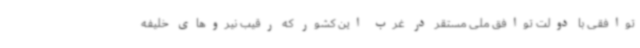
توافقی با دولت توافق ملی مستقر در غرب این کشور که رقیب نیروهای خلیفه